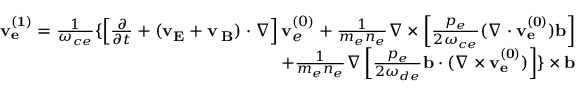
\begin{array} { r } { \begin{array} { r } { { \bf v _ { e } ^ { ( 1 ) } } = \frac { 1 } { \omega _ { c e } } \{ \left[ \frac { \partial } { \partial t } + ( { \bf v _ { E } } + { \bf v _ { \nabla B } } ) \cdot \nabla \right] { \bf v } _ { e } ^ { ( 0 ) } + \frac { 1 } { m _ { e } n _ { e } } \nabla \times \left[ \frac { p _ { e } } { 2 \omega _ { c e } } ( \nabla \cdot { \bf v _ { e } ^ { ( 0 ) } } ) { \bf b } \right] } \\ { + \frac { 1 } { m _ { e } n _ { e } } \nabla \left[ \frac { p _ { e } } { 2 \omega _ { d e } } { \bf b } \cdot ( \nabla \times { \bf v _ { e } ^ { ( 0 ) } } ) \right] \} \times { \bf b } } \end{array} } \end{array}